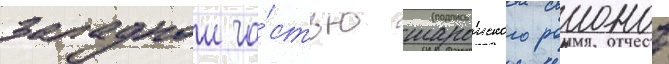
западнои ча́стью шароиского раионов